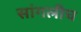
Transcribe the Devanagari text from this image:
सांगलीच